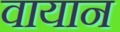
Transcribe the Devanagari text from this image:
वायान